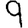
Digit: 9